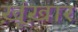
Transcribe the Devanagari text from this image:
ख़ूंख़ार